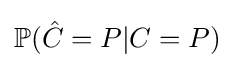
\mathbb {P} ({\hat {C}}=P|C=P)